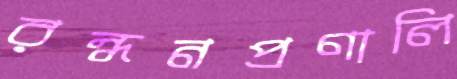
রন্ধনপ্রণালি